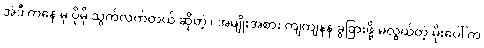
အဲဒီ ကနေ မှ ပိုမို သွက်လက်တယ် ဆိုတဲ့ ၊ အမျိုးအစား ကျကျနန ခွဲခြားဖို့ မလွယ်တဲ့ မိုးပေါ် က